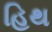
હિથ